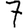
Digit: 7